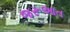
જરૂઆત